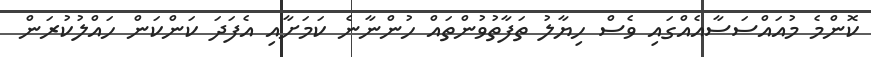
ކޮންމެ މުއައްސަސާއެއްގައި ވެސް ހިޔާލު ތަފާތުވުންތައް ހުންނާނެ ކަމަށާއި އެފަދަ ކަންކަން ހައްލުކުރަން